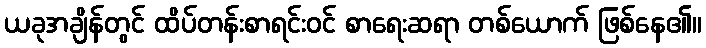
ယခုအချိန်တွင် ထိပ်တန်းစာရင်းဝင် စာရေးဆရာ တစ်ယောက် ဖြစ်နေ၏။